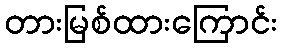
တားမြစ်ထားကြောင်း